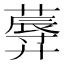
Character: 𱾤